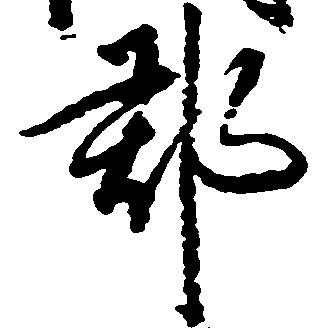
郡